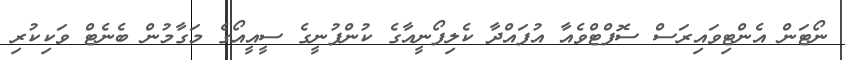
ނޯޓަން އެންޓިވައިރަސް ސޮފްޓްވެއާ އުފައްދާ ކެލިފޯނީއާގެ ކުންފުނީގެ ސީއީއޯގެ މަގާމުން ބެނެޓް ވަކިކުރި